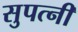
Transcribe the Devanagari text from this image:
सुपत्‍नी